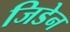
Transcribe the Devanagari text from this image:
जिडेन